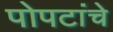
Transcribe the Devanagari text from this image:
पोपटांचे